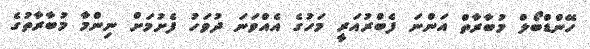
ހޭންޑްބޯލް މުބާރާތް އަންނަ ފެބްރުއަރީ މަހުގެ އެއްވަނަ ދުވަހު ފެށުމަށް ނިންމާ މުބާރާތުގެ